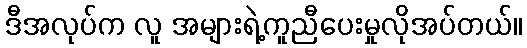
ဒီအလုပ်က လူ အများရဲ့ကူညီပေးမှုလိုအပ်တယ်။